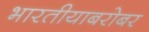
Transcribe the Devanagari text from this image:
भारतीयाबरोबर